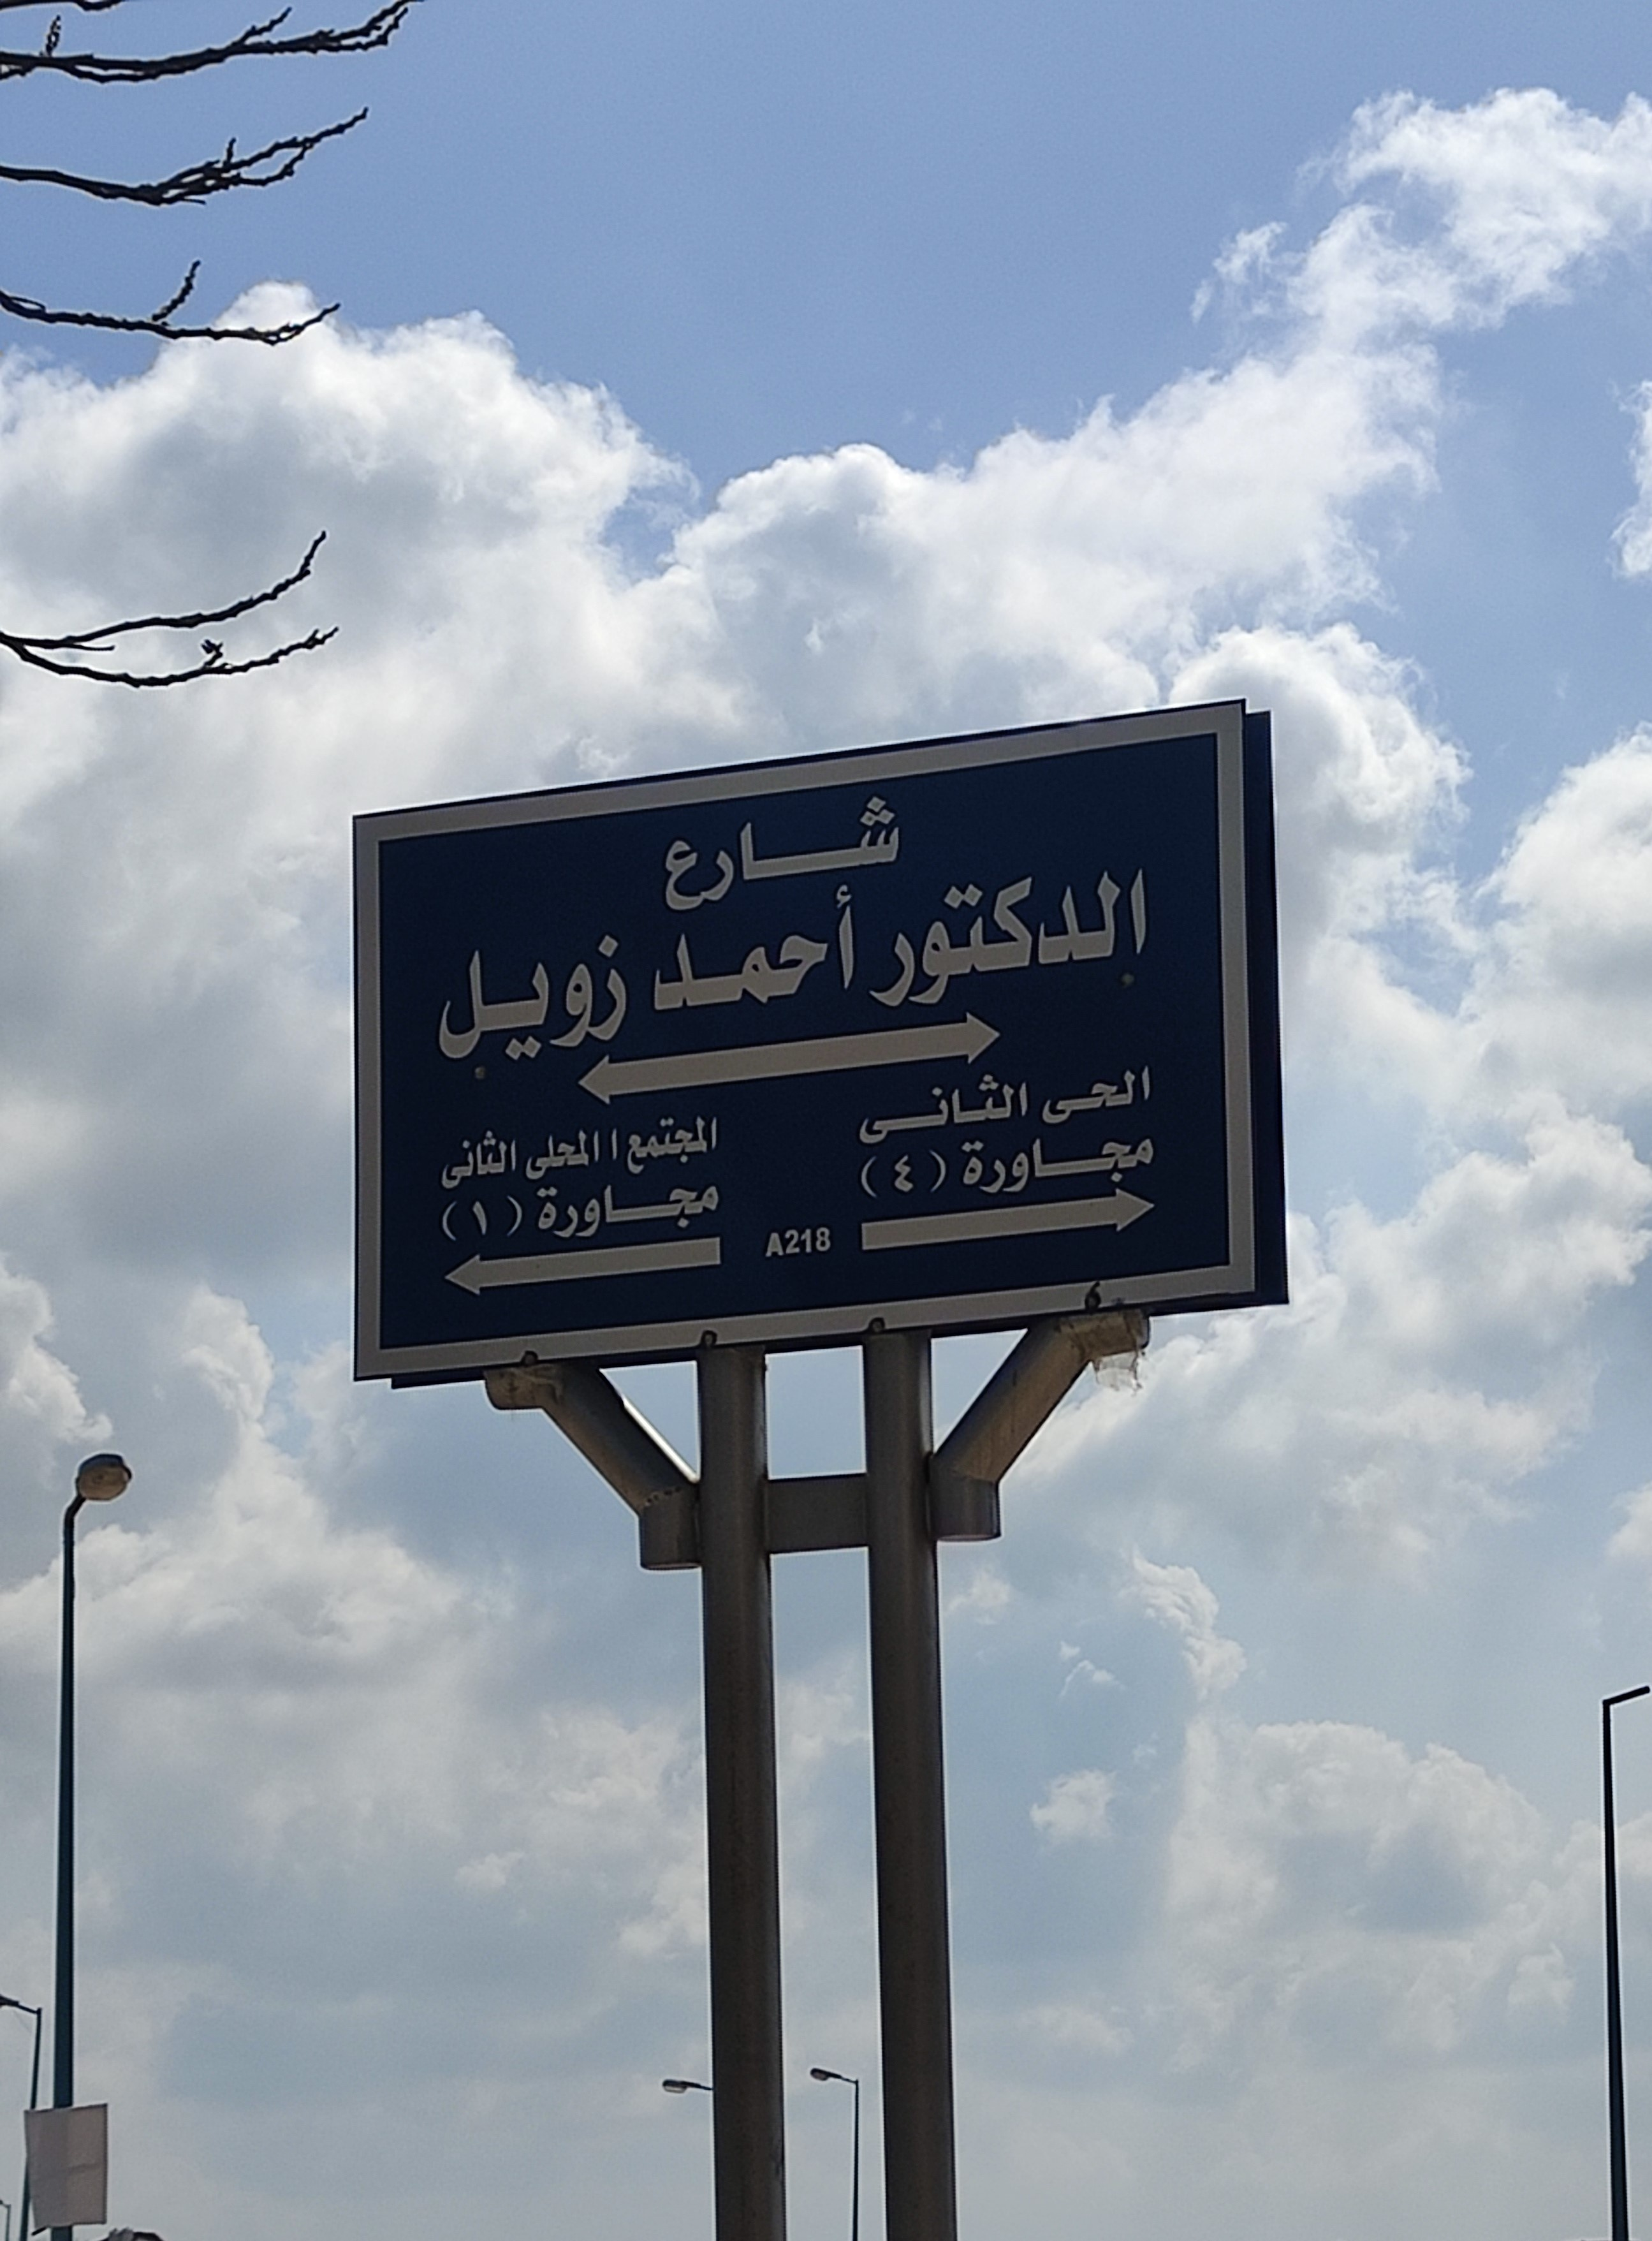
Text in image: شارع الدكتور أحمد زويل الحى الثانى المجتمع المحلى الثانى مجاورة (4) مجاورة (1) A218